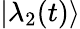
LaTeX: |\lambda_{2}(t)\rangle